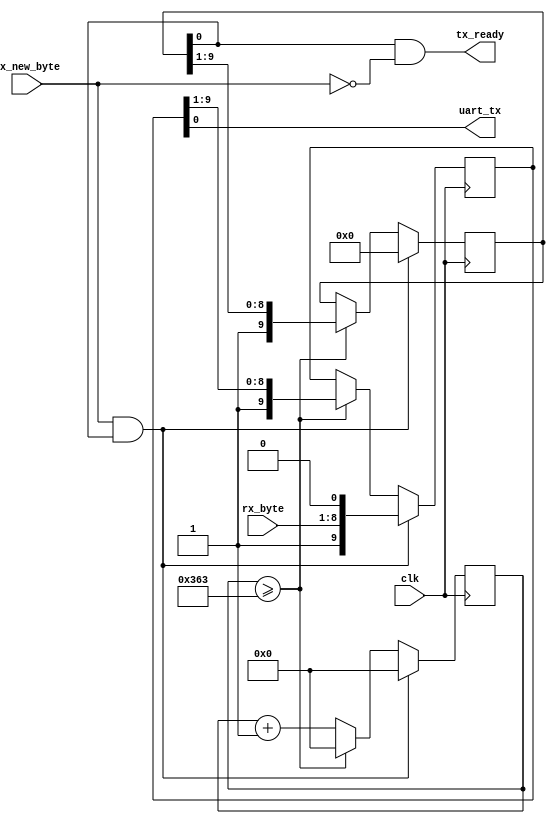
module uart_transmitter # (
	parameter comm_clk_frequency = 100000000,
	parameter baud_rate = 115200
) (
	input clk,

	// UART interface
	output uart_tx,

	// Data to send
	input rx_new_byte,
	input [7:0] rx_byte,

	// Status
	output tx_ready
);

	localparam [15:0] baud_delay = (comm_clk_frequency / baud_rate) - 1;

	reg [15:0] delay_cnt = 16'd0;
	reg [9:0] state = 10'd1023, outgoing = 10'd1023;

	assign uart_tx = outgoing[0];
	assign tx_ready = state[0] & ~rx_new_byte;


	always @ (posedge clk)
	begin
		delay_cnt <= delay_cnt + 16'd1;

		if (delay_cnt >= baud_delay)
		begin
			delay_cnt <= 16'd0;
			state <= {1'b1, state[9:1]};
			outgoing <= {1'b1, outgoing[9:1]};
		end

		if (rx_new_byte && state[0])
		begin
			delay_cnt <= 16'd0;
			state <= 10'd0;
			outgoing <= {1'b1, rx_byte, 1'b0};
		end
	end

endmodule